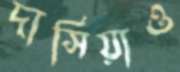
দাসিয়াও